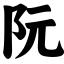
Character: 阮